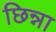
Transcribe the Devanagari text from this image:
छिन्ना